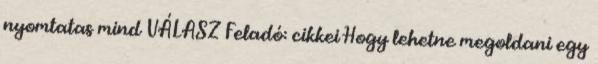
nyomtatas mind VÁLASZ Feladó: cikkei Hogy lehetne megoldani egy